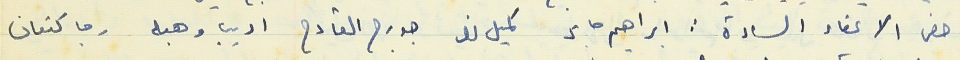
حضر الاعضاء السادة : ابراهيم صابر كميل نصر جورج القارح اديب وهبه رجا كتعان